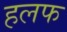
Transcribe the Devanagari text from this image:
हलफ